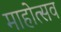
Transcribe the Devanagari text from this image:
माहोत्सव